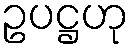
ဥပဋ္ဌဟု